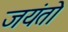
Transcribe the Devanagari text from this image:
जयंतो